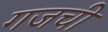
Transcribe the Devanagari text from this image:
गजची